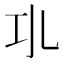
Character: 𢀗